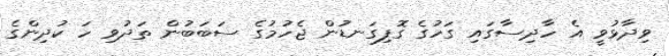
ވިދާޅުވީ އެ ހާދިސާގައި ގަހުގެ ގޮފިގަނޑުން ޖެހުމުގެ ސަބަބުން ތަދުވި ހަ ކުދިންގެ